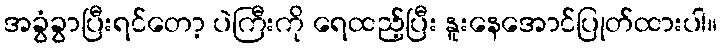
အခွံခွာပြီးရင်တော့ ပဲကြီးကို ရေထည့်ပြီး နူးနေအောင်ပြုတ်ထားပါ။